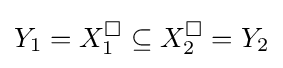
Y_{1}=X_{1}^{\Box }\subseteq X_{2}^{\Box }=Y_{2}